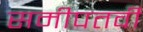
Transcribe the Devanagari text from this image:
समीपतर्वी